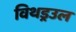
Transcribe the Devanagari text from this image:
विथड्रउल